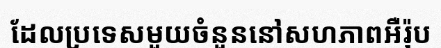
ដែលប្រទេសមួយចំនួននៅសហភាពអឺរ៉ុប